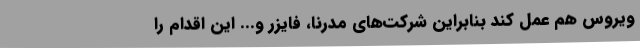
ویروس هم عمل کند بنابراین شرکت‌های مدرنا، فایزر و... این اقدام را